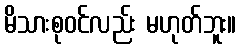
မိသားစုဝင်လည်း မဟုတ်ဘူး။